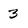
Character: 3